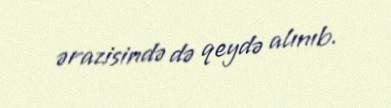
ərazisində də qeydə alınıb.